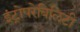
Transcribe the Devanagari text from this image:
इंट्रोपरेबिलिटी